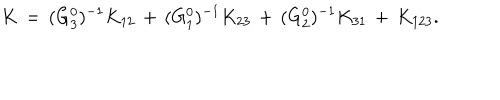
LaTeX: K \, = \, ( G _ { 3 } ^ { 0 } ) ^ { - 1 } K _ { 1 2 } \, + \, ( G _ { 1 } ^ { 0 } ) ^ { - 1 } K _ { 2 3 } \, + \, ( G _ { 2 } ^ { 0 } ) ^ { - 1 } K _ { 3 1 } \, + \, K _ { 1 2 3 } .